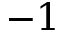
- 1